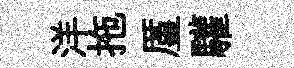
洋拖厪驩